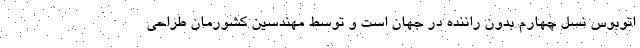
اتوبوس نسل چهارم بدون راننده در جهان است و توسط مهندسین کشورمان طراحی